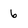
Character: 6